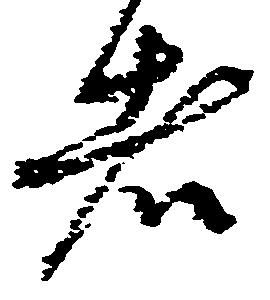
者